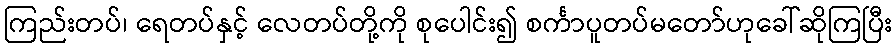
ကြည်းတပ်၊ ရေတပ်နှင့် လေတပ်တို့ကို စုပေါင်း၍ စင်္ကာပူတပ်မတော်ဟုခေါ်ဆိုကြပြီး